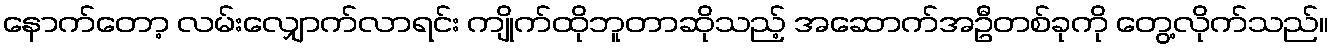
နောက်တော့ လမ်းလျှောက်လာရင်း ကျိုက်ထိုဘူတာဆိုသည့် အဆောက်အဦတစ်ခုကို တွေ့လိုက်သည်။